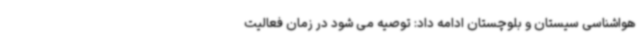
هواشناسی سیستان و بلوچستان ادامه داد: توصیه می شود در زمان فعالیت